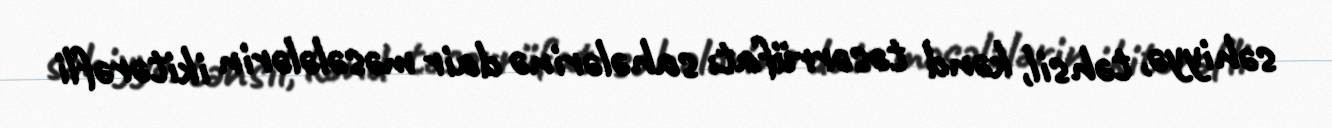
səhiyyə, təhsil, kənd təsərrüfatı sahələrinə dair məsələlərin ikitərəfli